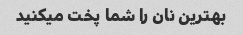
بهترین نان را شما پخت میکنید